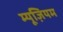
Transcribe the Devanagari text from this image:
म्‍यूज़ियम